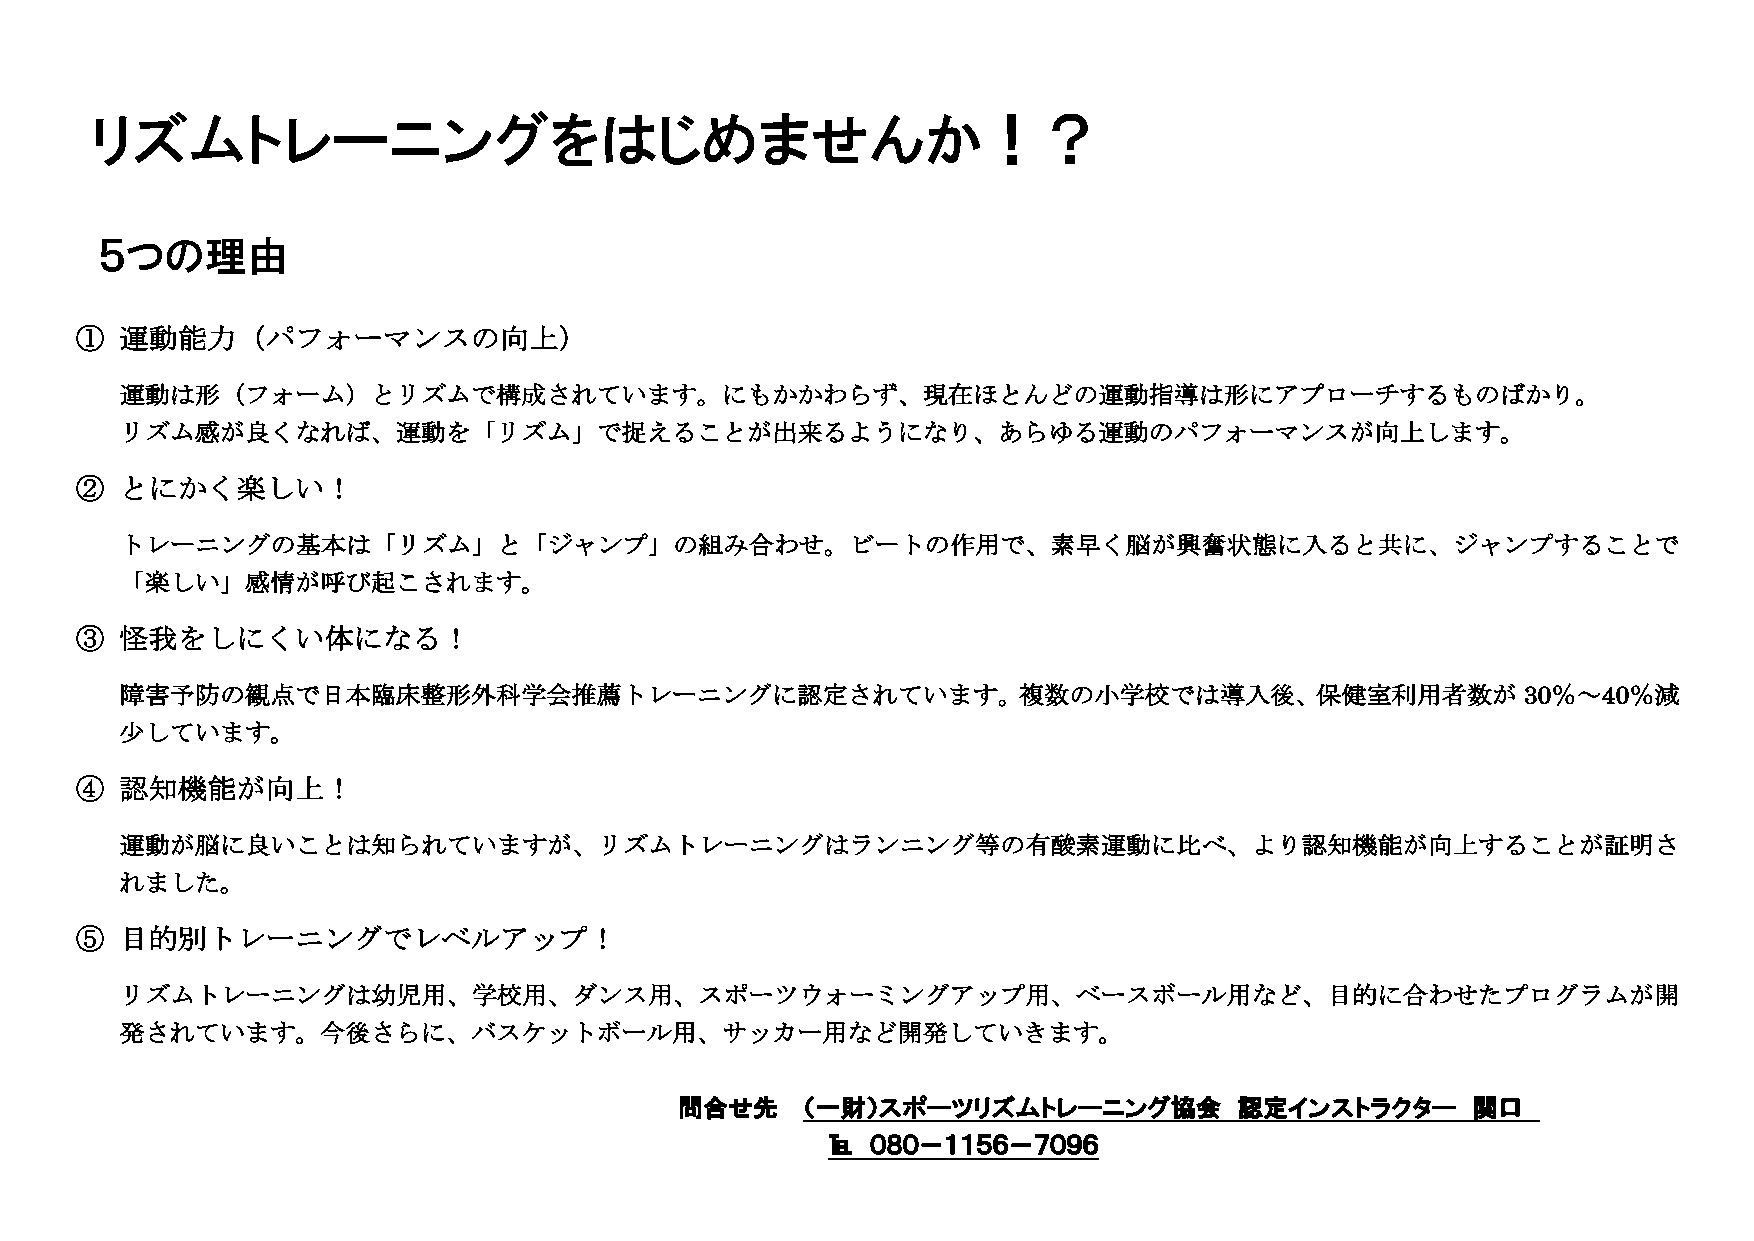
リズムトレーニングをはじめませんか！？
 ５つの理由
 ①  運動能力（パフォーマンスの向上）
 運動は形（フォーム）とリズムで構成されています。にもかかわらず、現在ほとんどの運動指導は形にアプローチするものばかり。
 リズム感が良くなれば、運動を「リズム」で捉えることが出来るようになり、あらゆる運動のパフォーマンスが向上します。
 ②  とにかく楽しい！
 トレーニングの基本は「リズム」と「ジャンプ」の組み合わせ。ビートの作用で、素早く脳が興奮状態に入ると共に、ジャンプすることで
 「楽しい」感情が呼び起こされます。
 ③  怪我をしにくい体になる！
 障害予防の観点で日本臨床整形外科学会推薦トレーニングに認定されています。複数の小学校では導入後、保健室利用者数が                                     30％～40％減
 少しています。
 ④  認知機能が向上！
 運動が脳に良いことは知られていますが、リズムトレーニングはランニング等の有酸素運動に比べ、より認知機能が向上することが証明さ
 れました。
 ⑤  目的別トレーニングでレベルアップ！
 リズムトレーニングは幼児用、学校用、ダンス用、スポーツウォーミングアップ用、ベースボール用など、目的に合わせたプログラムが開
 発されています。今後さらに、バスケットボール用、サッカー用など開発していきます。
 問合せ先    （一財）スポーツリズムトレーニング協会          認定インストラクター     関口
 ℡  ０８０－１１５６－７０９６